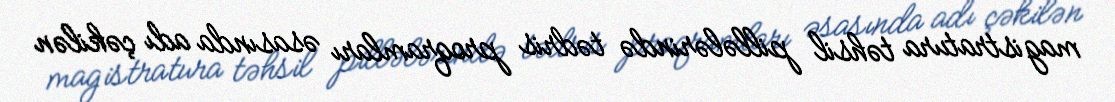
magistratura təhsil pillələrində tədris proqramları əsasında adı çəkilən